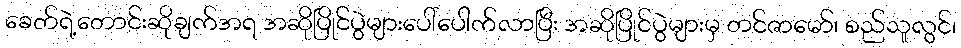
ခေတ်ရဲ့တောင်းဆိုချက်အရ အဆိုပြိုင်ပွဲများပေါ်ပေါက်လာပြီး အဆိုပြိုင်ပွဲများမှ တင်ဇာမော်၊ စည်သူလွင်၊